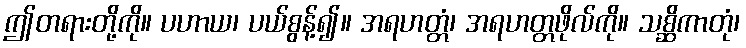
ဤတရားတို့ကို။ ပဟာယ၊ ပယ်စွန့်၍။ အရဟတ္တံ၊ အရဟတ္တဖိုလ်ကို။ သစ္ဆိကာတုံ၊